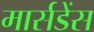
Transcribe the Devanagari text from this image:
मार्सडेंस